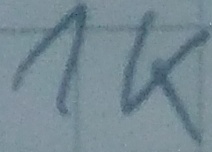
Text: 1K